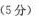
( 5 分 )